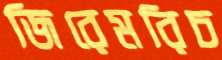
জিরেমরিচ